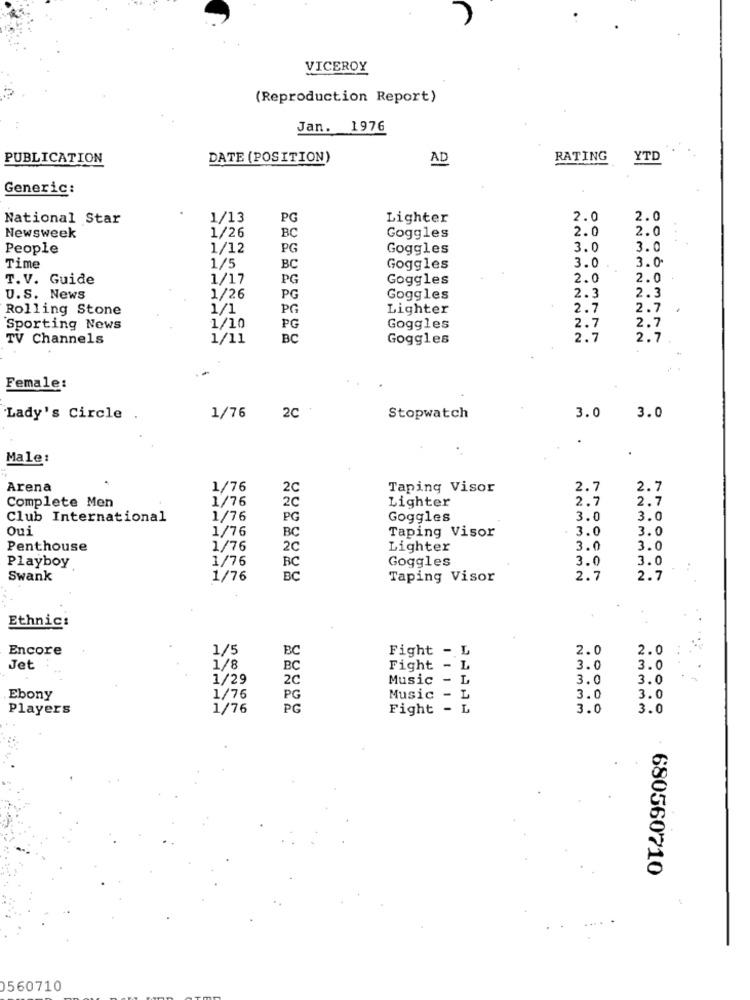
VICEROY
(Reproduction Report)
Jan. 1976
PUBLICATION
DATE (POSITION)
AD
RATING
YTD
Generic:
National Star
1/13
PG
Lighter
2.0
2.0
1/26
BC
Goggles
2.0
2.0
Newsweek
People
1/12
PG
Goggles
3.0
3.0
3.0
Time
1/5
BC
Goggles
3.0
T.V. Guide
1/17
PG
Goggles
2.0
2.0
U.S. News
1/26
PG
Goggles
2.3
2.3
Rolling Stone
1/1
PG
Lighter
2.7
2.7
2.7
2.7
Sporting News
1/10
PG
Goggles
TV Channels
1/11
BC
Goggles
2.7
2.7
Female:
Lady's Circle
1/76
2C
Stopwatch
3.0
3.0
Male:
Arena
1/76
20
Taping Visor
2.7
2.7
Complete Men
1/76
2C
Lighter
2.7
2.7
Club International
1/76
PG
Goggles
3.0
3.0
Oui
1/76
BC
Taping Visor
3.0
3.0
Penthouse
1/76
2C
Lighter
3.0
3.0
Playboy
1/76
BC
Goggles
3.0
3.0
Swank
1/76
BC
Taping Visor
2.7
2.7
Ethnic:
Encore
1/5
BC
Fight - L
2.0
2.0
Jet
1/8
BC
Fight - L
3.0
3.0
1/29
2C
Music - L
3.0
3.0
Ebony
1/76
PG
Music - L
3.0
3.0
Players
1/76
PG
Fight - L
3.0
3.0
680560710
0560710